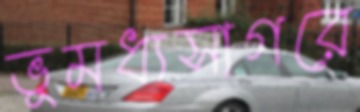
ভূমধ্যসাগরে